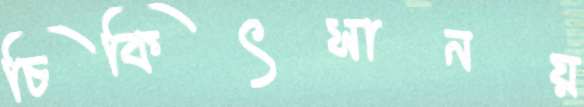
চিকিৎসানয়